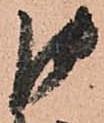
御